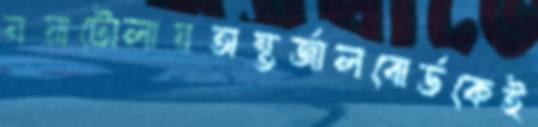
নয়াটোলায়অন্তর্জালবোর্ডকেই